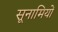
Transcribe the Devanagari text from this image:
सूनामियों